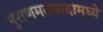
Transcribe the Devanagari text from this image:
पुराणमतवादामध्ये